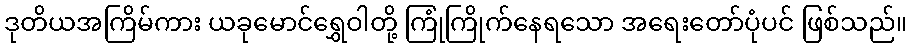
ဒုတိယအကြိမ်ကား ယခုမောင်ရွှေဝါတို့ ကြုံကြိုက်နေရသော အရေးတော်ပုံပင် ဖြစ်သည်။